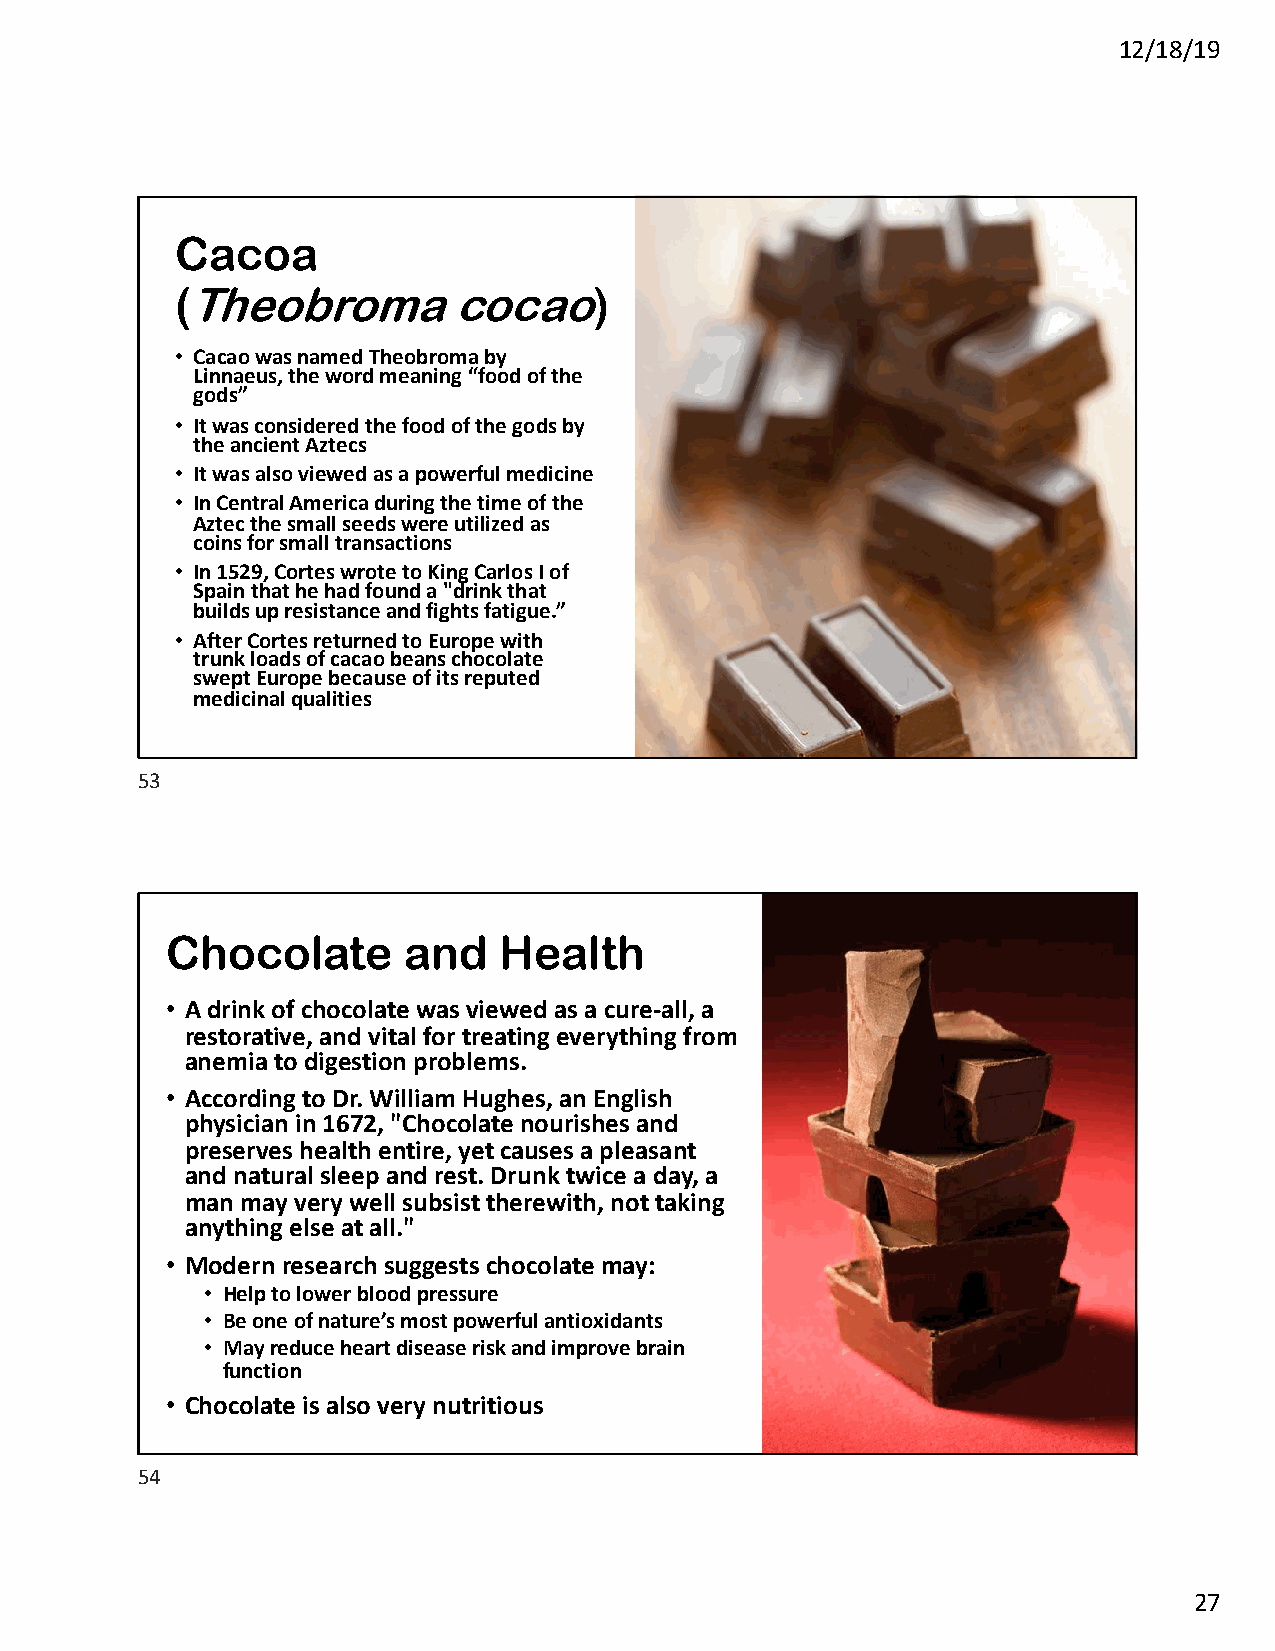
12/18/19
 Cacoa
 (Theobroma        cocao)
 • Cacao was named Theobroma by
 Linnaeus, the word meaning “food of the
 gods”
 • It was considered the food of the gods by
 the ancient Aztecs
 • It was also viewed as a powerful medicine
 • In Central America during the time of the
 Aztec the small seeds were utilized as
 coins for small transactions
 • In 1529, Cortes wrote to King Carlos I of
 Spain that he had found a "drink that
 builds up resistance and fights fatigue.”
 • After Cortes returned to Europe with
 trunk loads of cacao beans chocolate
 swept Europe because of its reputed
 medicinal qualities
 53
 Chocolate       and   Health
 • A drink of chocolate was viewed as a cure-all, a
 restorative, and vital for treating everything from
 anemia to digestion problems.
 • According to Dr. William Hughes, an English
 physician in 1672, "Chocolate nourishes and
 preserves health entire, yet causes a pleasant
 and natural sleep and rest. Drunk twice a day, a
 man may very well subsist therewith, not taking
 anything else at all."
 • Modernresearchsuggestschocolatemay:
 • Help to lower blood pressure
 • Be one of nature’s most powerful antioxidants
 • Mayreduceheartdiseaserisk and improve brain
 function
 • Chocolate is also very nutritious
 54
 27